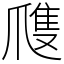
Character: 㸕